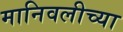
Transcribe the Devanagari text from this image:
मानिवलीच्या